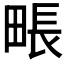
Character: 𤲘